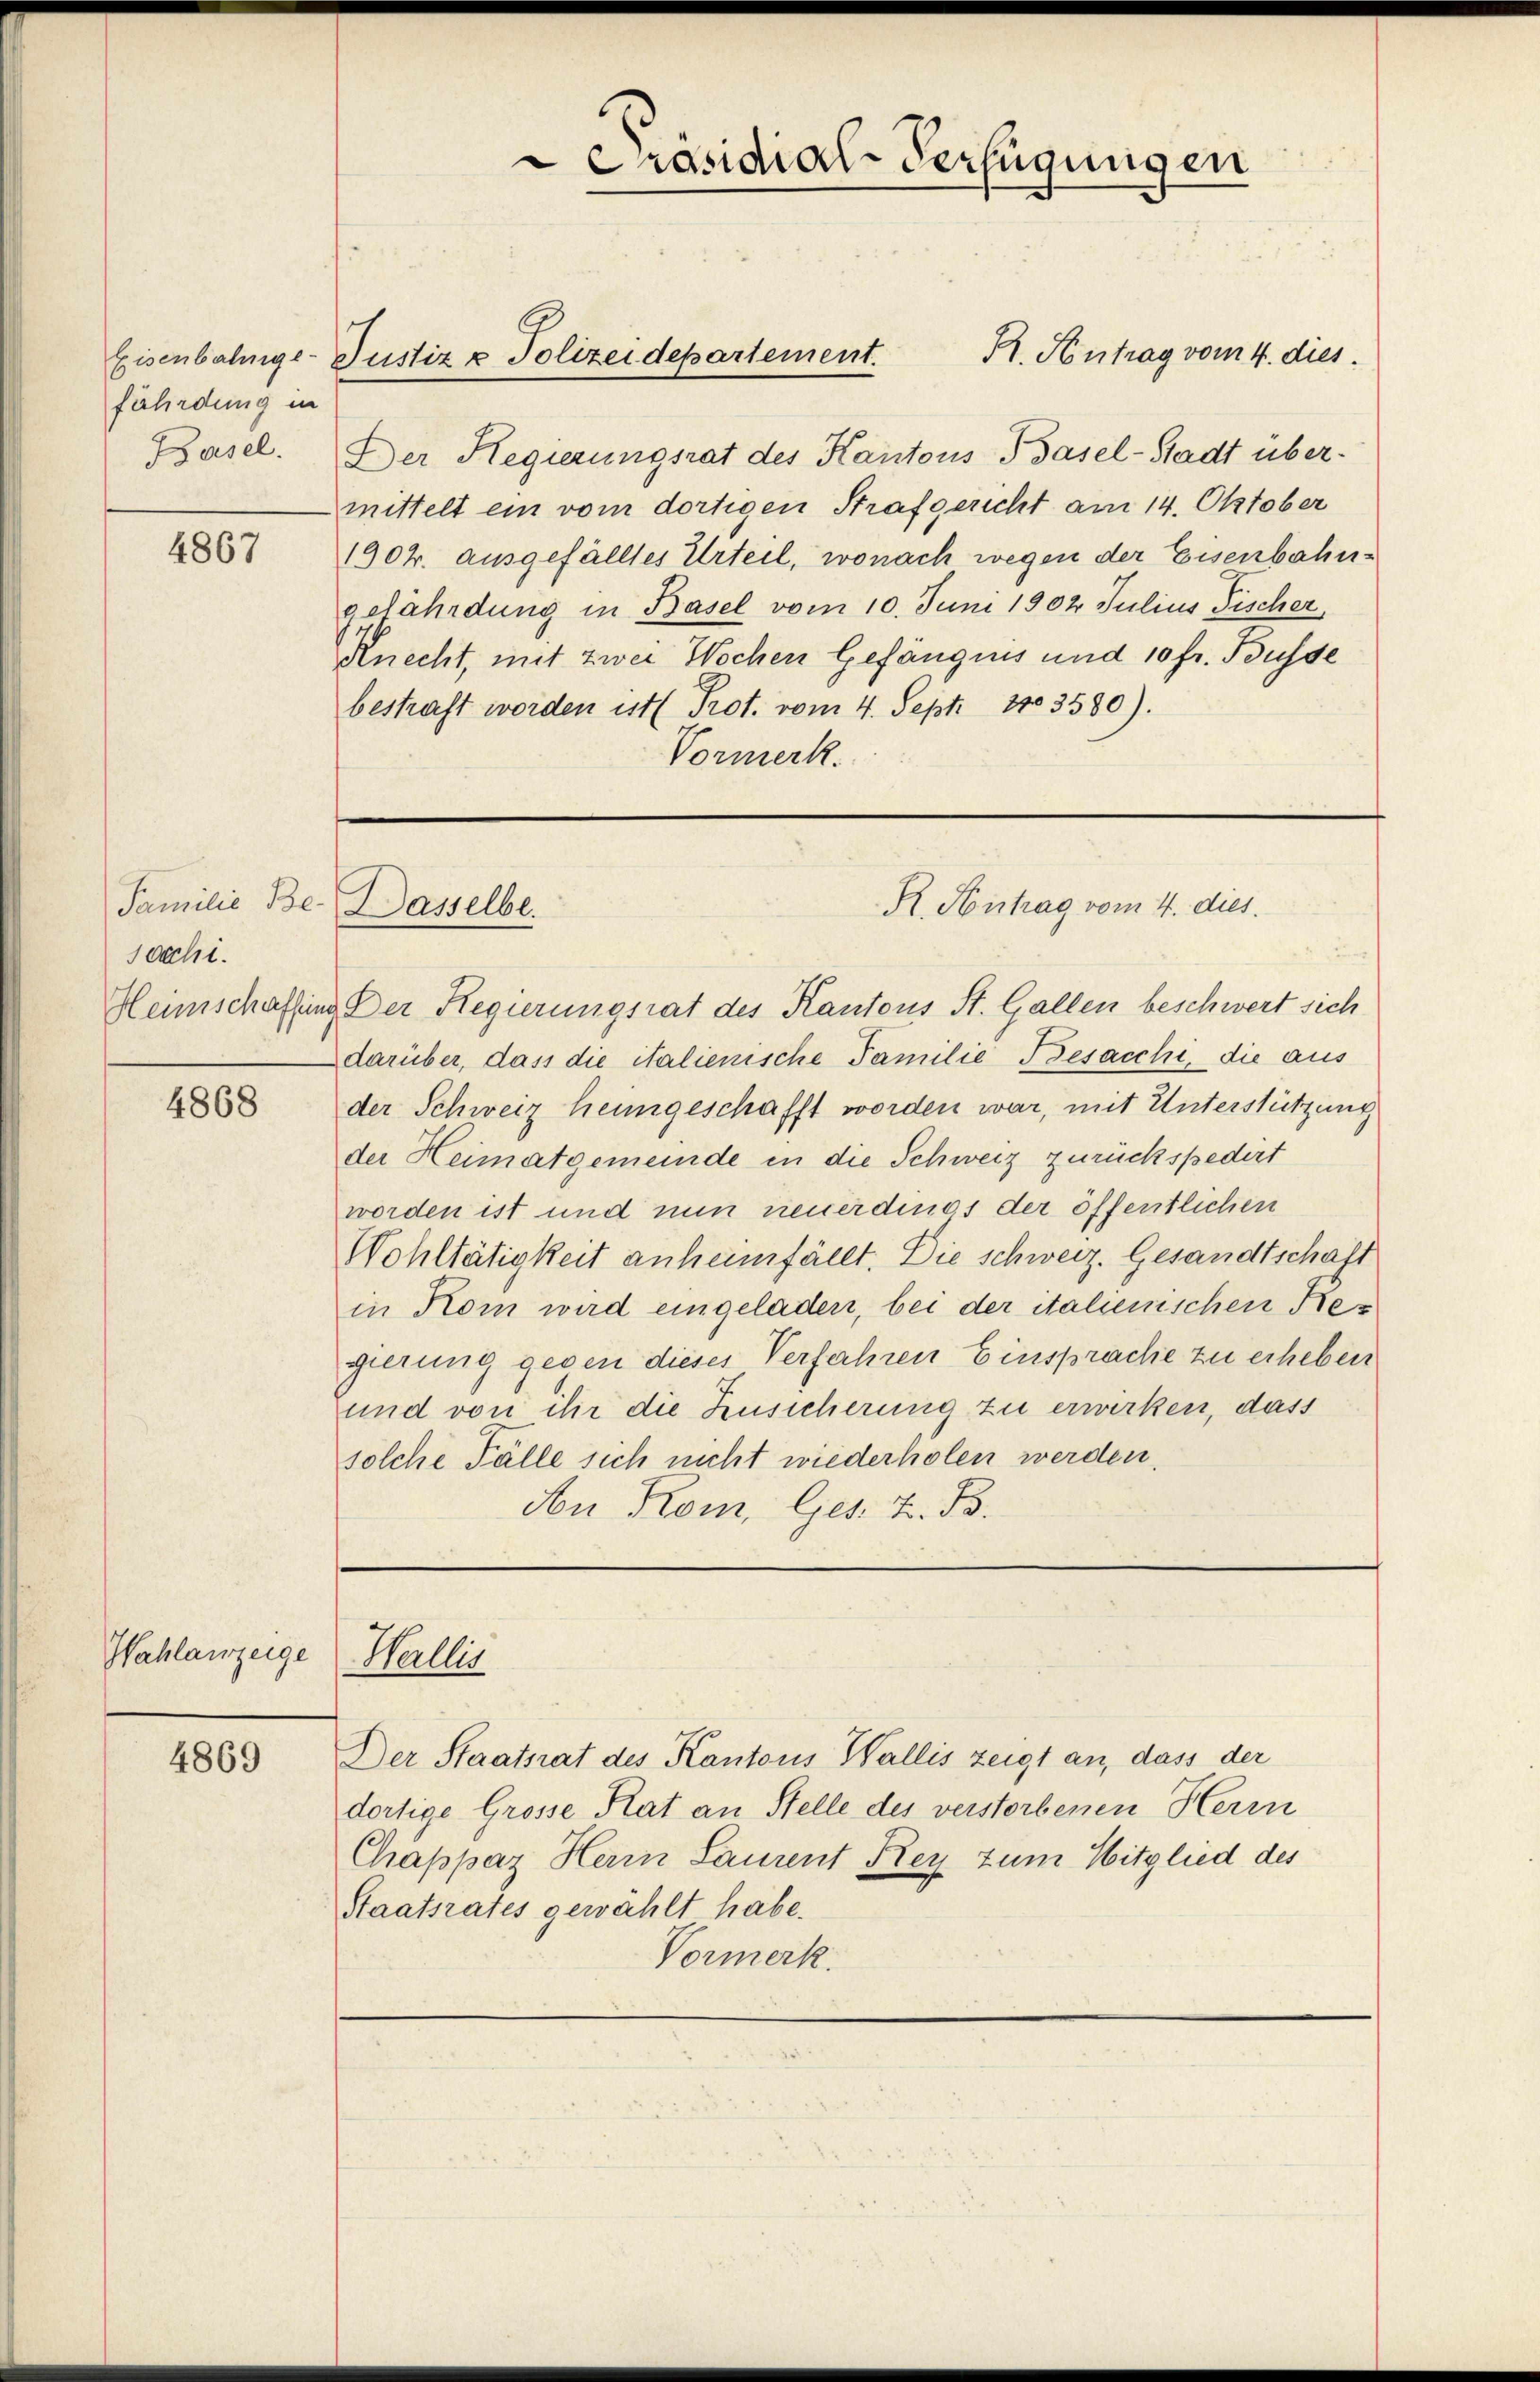
fährdung in

4867

socchi.

4868

Wahlanzeige

4869

Pasel. Der Regierungsrat des Kantons Basel-Stadt übermittelt ein vom dortigen Strafgericht am 14. Oktober
1902. ausgefälltes Urteil, wonach wegen der Eisenbahngefährdung in Basel vom 10. Juni 1902 Julius Fischer,
Knecht, mit zwei Wochen Gefängnis und 10 fr. Busse
bestraft worden ist ( Prot. vom 4. Sept. 1103580).
Vormerk.

Präsidial-Verfügungen

Eisenbahnge-Justiz & Polizeidepartement. St. Antrag vom 4. dies

Familie Be- Dasselbe.
R. Kontrag vom 4. dies

Wallis

Der Staatsrat des Kantons Wallis zeigt an, dass der
dortige Grosse Stat an Stelle des verstorbenen Herrn
Chappaz Herrn Saurent Rey zum Mitglied des
Staatsrates gewählt habe.
Vormerk

Heimschaffung Der Regierungsrat des Kantons St. Gallen beschwert sich
darüber, dass die italienische Familie Besacchi, die aus
der Schweiz heungeschafft worden war, mit Unterstützung
der Heimatgemeinde in die Schweiz zurückspedert
worden ist und nun neuerdings der öffentlichen
Wohltätigkeit anheimfällt. Die schweiz. Gesandtschaft
in Kom wird eingeladen, bei der italienischen Regierung gegen dieses Verfahren Einsprache zu erheben
und von ihr die Zusicherung zu erwirken, dass
solche Fälle sich nicht wiederholen werden.
An Kom, Ges. Z. B.